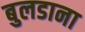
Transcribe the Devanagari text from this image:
बुलडाना